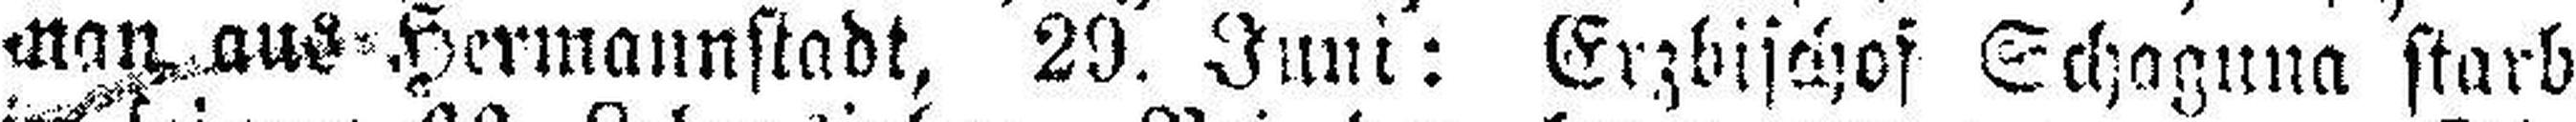
man aus Hermannstadt, 29. Juni: Erzbischof Schaguna starb